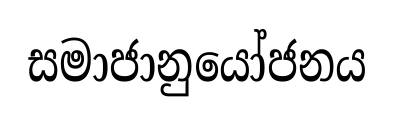
සමාජානුයෝජනය